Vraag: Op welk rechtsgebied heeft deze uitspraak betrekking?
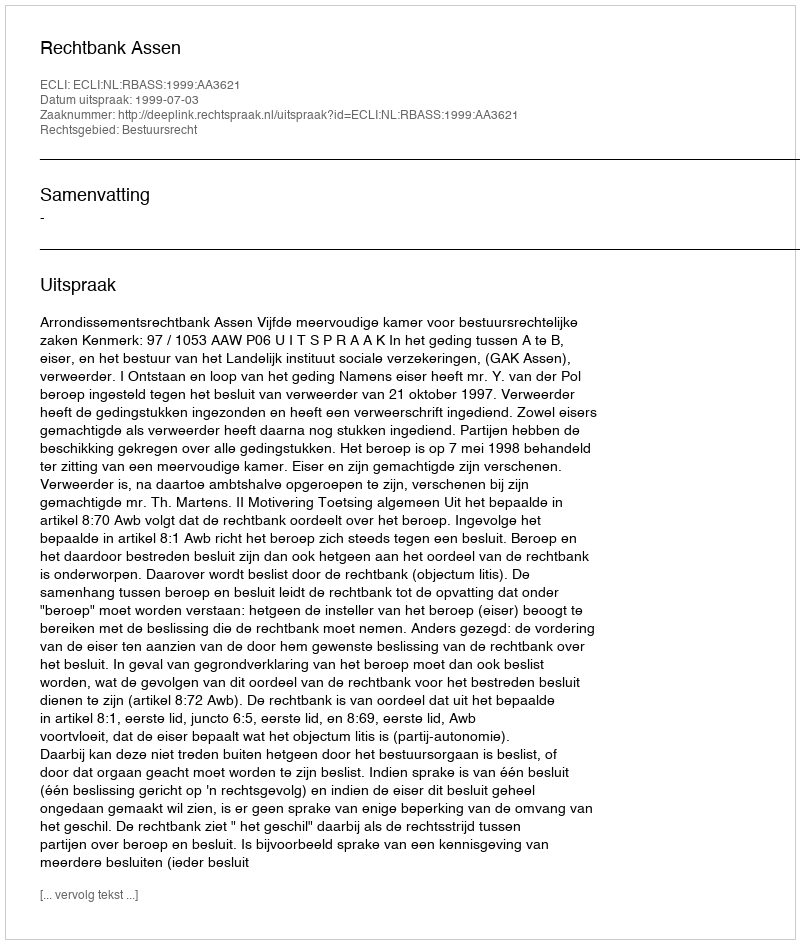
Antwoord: Bestuursrecht